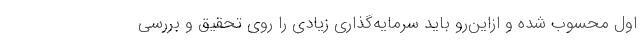
اول محسوب شده و ازاین‌رو باید سرمایه‌گذاری زیادی را روی تحقیق و بررسی